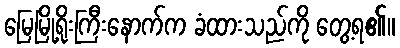
မြေမြို့ရိုးကြီးနောက်က ခံထားသည်ကို တွေ့ရ၏။